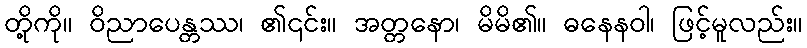
တို့ကို။ ဝိညာပေန္တဿ၊ ၏၎င်း။ အတ္တနော၊ မိမိ၏။ ဓနေနဝါ၊ ဖြင့်မူလည်း။